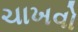
ચાખવો